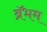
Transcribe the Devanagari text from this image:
ब्रॅभम